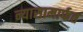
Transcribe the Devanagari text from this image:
न्यासामार्फत